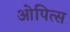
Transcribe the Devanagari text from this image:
ओपित्स